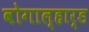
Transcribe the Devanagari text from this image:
वोगाल्हार्ड